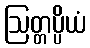
ဩတ္တပ္ပိယံ